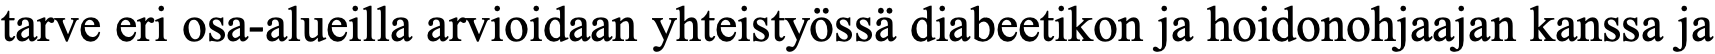
tarve eri osa-alueilla arvioidaan yhteistyössä diabeetikon ja hoidonohjaajan kanssa ja